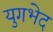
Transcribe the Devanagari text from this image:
युगभेद